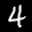
Label: 4